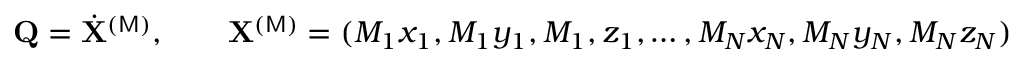
{ \bf Q } = { \dot { \bf X } } ^ { ( \mathsf { M } ) } , \qquad { \bf X } ^ { ( \mathsf { M } ) } = ( M _ { 1 } x _ { 1 } , M _ { 1 } y _ { 1 } , M _ { 1 } , z _ { 1 } , \dots , M _ { N } x _ { N } , M _ { N } y _ { N } , M _ { N } z _ { N } )